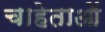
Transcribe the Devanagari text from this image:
चाहेताओं